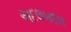
અદલબદલ